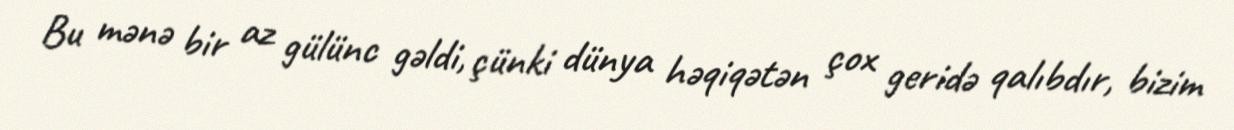
Bu mənə bir az gülünc gəldi, çünki dünya həqiqətən çox geridə qalıbdır, bizim